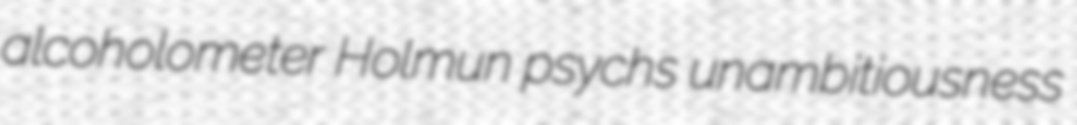
alcoholometer Holmun psychs unambitiousness